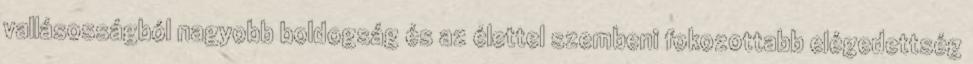
vallásosságból nagyobb boldogság és az élettel szembeni fokozottabb elégedettség